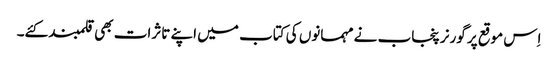
اِس موقع پر گورنر پنجاب نے مہمانوں کی کتاب میں اپنے تاثرات بھی قلمبند کئے۔